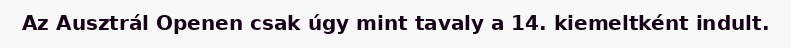
Az Ausztrál Openen csak úgy mint tavaly a 14. kiemeltként indult.